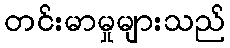
တင်းမာမှုများသည်